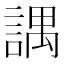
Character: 𧪓